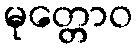
မုတ္တောဝ